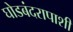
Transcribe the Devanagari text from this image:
घोडबंदरापाशी